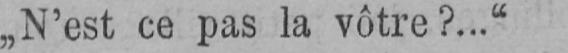
„N’est ce pas la vôtre?...“